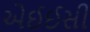
એઈઈસી